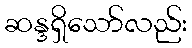
ဆန္ဒရှိသော်လည်း